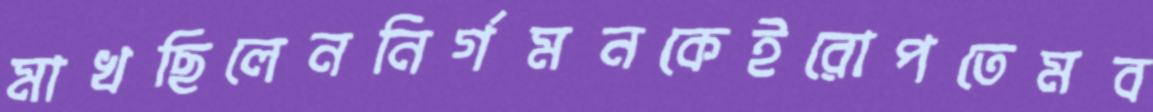
মাখছিলেননির্গমনকেইরোপতেমব